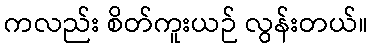
ကလည်း စိတ်ကူးယဉ် လွန်းတယ်။